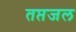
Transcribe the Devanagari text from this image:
तप्तजल